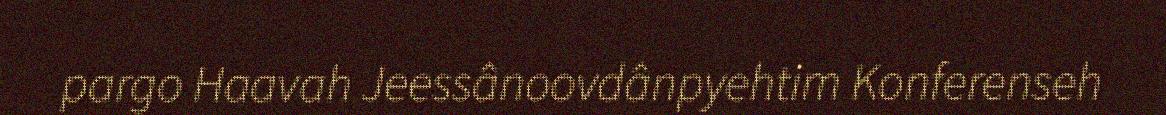
pargo Haavah Jeessânoovdânpyehtim Konferenseh